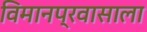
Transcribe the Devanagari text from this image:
विमानप्रवासाला